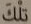
تلك